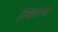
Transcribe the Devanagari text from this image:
स्थितिया